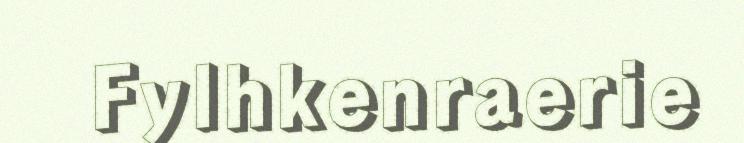
Fylhkenraerie